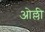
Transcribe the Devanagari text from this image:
ओल्ली